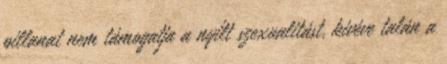
pillanat nem támogatja a nyílt szexualitást, kivéve talán a